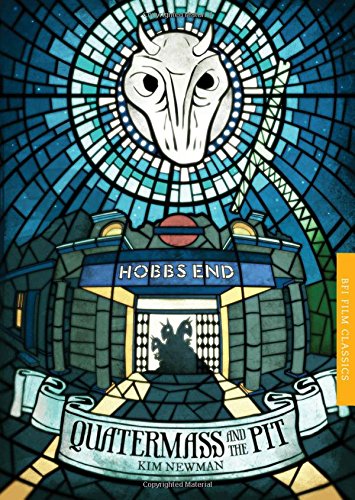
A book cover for Quatermass and the Pit: Five Million Years to Earth (BFI Film Classics); Kim Newman; Humor & Entertainment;